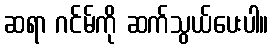
ဆရာ ဂင်မ်ကို ဆက်သွယ်ပေးပါ။